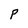
Character: P